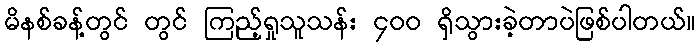
မိနစ်ခန့်တွင် တွင် ကြည့်ရှုသူသန်း ၄၀၀ ရှိသွားခဲ့တာပဲဖြစ်ပါတယ်။